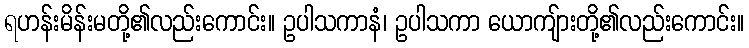
ရဟန်းမိန်းမတို့၏လည်းကောင်း။ ဥပါသကာနံ၊ ဥပါသကာ ယောကျ်ားတို့၏လည်းကောင်း။